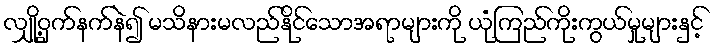
လျှို့ဝှက်နက်နဲ၍ မသိနားမလည်နိုင်သောအရာများကို ယုံကြည်ကိုးကွယ်မှုများနှင့်